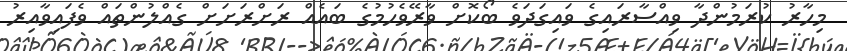
މިހާރު ކުރަމުންދާ ވިއްސާރައިގެ ވައިގަދަވެ ބޯކޮށް ވާރޭވެހުމުގެ ބައެއް ރަށްރަށަށް ގެއްލުންތައް ވެފައިވާއިރު